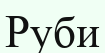
Руби